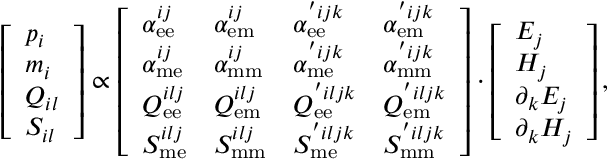
\left[ \begin{array} { l } { p _ { i } } \\ { m _ { i } } \\ { Q _ { i l } } \\ { S _ { i l } } \end{array} \right] \propto \left[ \begin{array} { l l l l } { \alpha _ { \mathrm { e e } } ^ { i j } } & { \alpha _ { \mathrm { e m } } ^ { i j } } & { \alpha _ { \mathrm { e e } } ^ { ' i j k } } & { \alpha _ { \mathrm { e m } } ^ { ' i j k } } \\ { \alpha _ { \mathrm { m e } } ^ { i j } } & { \alpha _ { \mathrm { m m } } ^ { i j } } & { \alpha _ { \mathrm { m e } } ^ { ' i j k } } & { \alpha _ { \mathrm { m m } } ^ { ' i j k } } \\ { Q _ { \mathrm { e e } } ^ { i l j } } & { Q _ { \mathrm { e m } } ^ { i l j } } & { Q _ { \mathrm { e e } } ^ { ' i l j k } } & { Q _ { \mathrm { e m } } ^ { ' i l j k } } \\ { S _ { \mathrm { m e } } ^ { i l j } } & { S _ { \mathrm { m m } } ^ { i l j } } & { S _ { \mathrm { m e } } ^ { ' i l j k } } & { S _ { \mathrm { m m } } ^ { ' i l j k } } \end{array} \right] \cdot \left[ \begin{array} { l } { E _ { j } } \\ { H _ { j } } \\ { \partial _ { k } E _ { j } } \\ { \partial _ { k } H _ { j } } \end{array} \right] ,